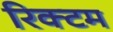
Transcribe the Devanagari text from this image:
रिक्टम